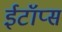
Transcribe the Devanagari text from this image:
ईटॉप्स